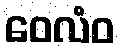
ဝေလံဝ